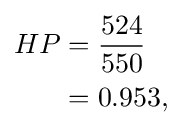
{\begin{aligned}HP&={\frac {524}{550}}\\&=0.953,\end{aligned}}